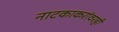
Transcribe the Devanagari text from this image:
नाटकाकरांवरही